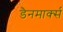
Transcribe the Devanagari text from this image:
डैनमार्क्स